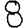
Digit: 8